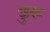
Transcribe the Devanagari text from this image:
छुरू